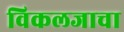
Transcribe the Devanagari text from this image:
विकलजाचा